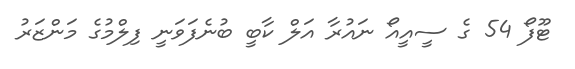
ޓޫފޯ 54 ގެ ސީއީއޯ ނައުރާ އަލް ކާބީ ބުނެފަވަނީ ފިލްމުގެ މަންޒަރު